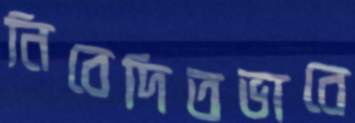
নিবেদিতভাবে